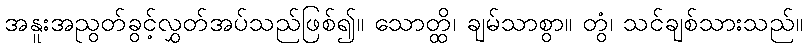
အနူးအညွတ်ခွင့်လွှတ်အပ်သည်ဖြစ်၍။ သောတ္ထိ၊ ချမ်သာစွာ။ တွံ၊ သင်ချစ်သားသည်။